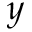
y